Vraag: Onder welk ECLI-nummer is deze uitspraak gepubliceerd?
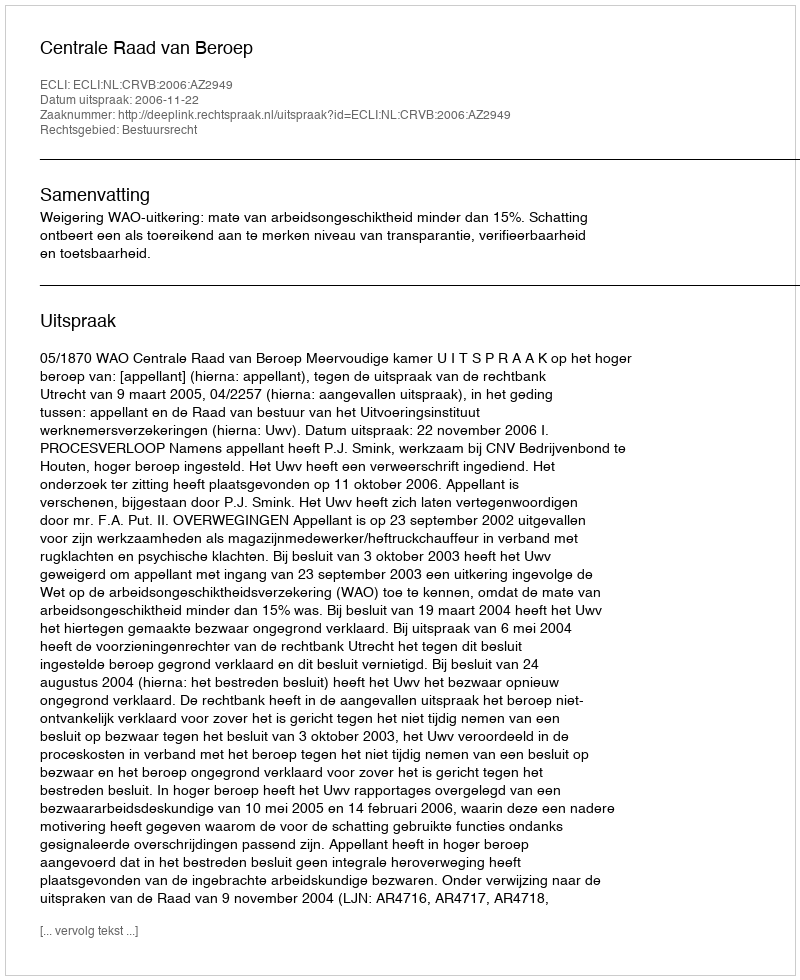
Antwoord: ECLI:NL:CRVB:2006:AZ2949